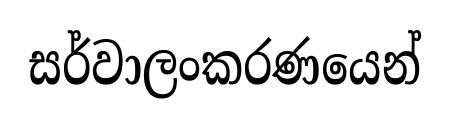
සර්වාලංකරණයෙන්